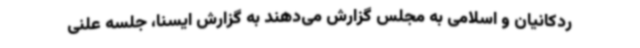
ردکانیان و اسلامی به مجلس گزارش می‌دهند به گزارش ایسنا، جلسه علنی